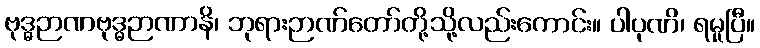
ဗုဒ္ဓဉာဏဗုဒ္ဓဉာဏာနိ၊ ဘုရားဉာဏ်တော်တို့သို့လည်းကောင်း။ ပါပုဏိ၊ ရမူပြီ။